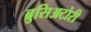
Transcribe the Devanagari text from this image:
ब्रुसिअटोरी